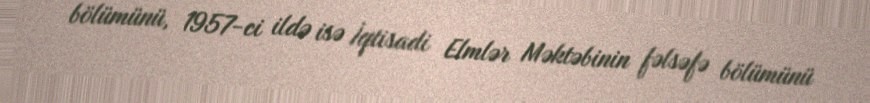
bölümünü, 1957-ci ildə isə İqtisadi Elmlər Məktəbinin fəlsəfə bölümünü